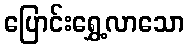
ပြောင်းရွှေ့လာသော